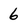
Character: 6